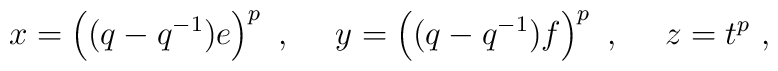
x=\left((q-q^{-1})e\right)^p~,~~~~ y=\left((q-q^{-1})f\right)^p~,~~~~z=t^p~,